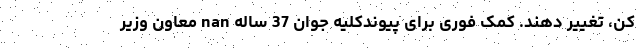
کن، تغییر دهند. کمک فوری برای پیوندکلیه جوان 37 ساله nan معاون وزیر